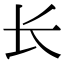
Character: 长